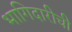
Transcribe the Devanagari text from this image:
भागिदारीची